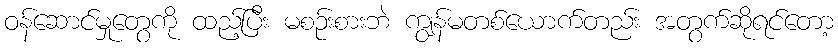
ဝန်ဆောင်မှုတွေကို ထည့်ပြီး မစဉ်းစားဘဲ ကျွန်မတစ်ယောက်တည်း အတွက်ဆိုရင်တော့